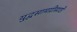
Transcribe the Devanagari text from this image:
युद्धसामग्रीसाठी